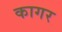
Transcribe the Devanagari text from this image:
कागर